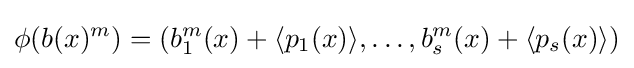
\phi (b(x)^{m})=(b_{1}^{m}(x)+\langle p_{1}(x)\rangle ,\ldots ,b_{s}^{m}(x)+\langle p_{s}(x)\rangle )